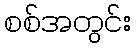
စစ်အတွင်း